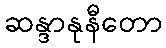
ဆန္ဒာနုနီတော